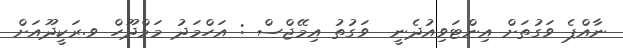
ނާއްޕެ ވަގުތަށް އިންޓަވިއުދެނީ  ވަގުތު އިމޭޖްސް : އަހްމަދު މަމްދޫހް ވ.ރަކީދޫއަށް